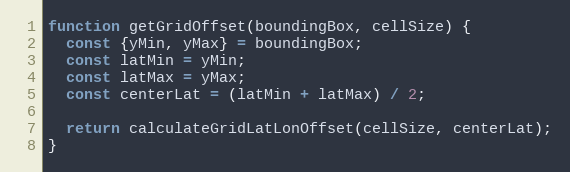
Language: JavaScript
function getGridOffset(boundingBox, cellSize) {
  const {yMin, yMax} = boundingBox;
  const latMin = yMin;
  const latMax = yMax;
  const centerLat = (latMin + latMax) / 2;

  return calculateGridLatLonOffset(cellSize, centerLat);
}